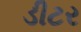
ડીટર